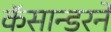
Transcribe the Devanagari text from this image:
कॅसान्डरने